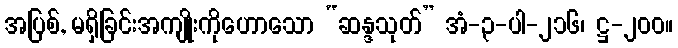
အပြစ်, မရှိခြင်းအကျိုးကိုဟောသော “ဆန္ဒသုတ်” အံ-၃-ပါ-၂၁၆၊ ဋ္ဌ-၂၀၀။